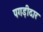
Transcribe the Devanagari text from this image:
पगड़ीदार